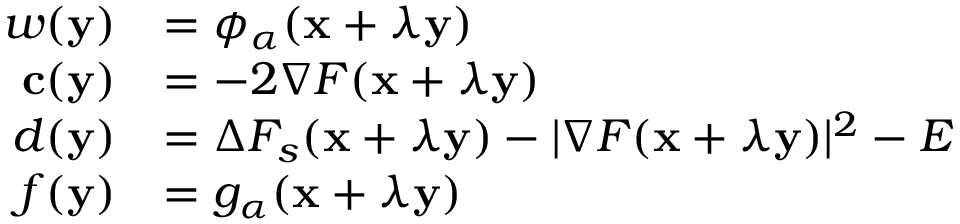
\begin{array} { r l } { w ( \mathbf { y } ) } & { = \phi _ { \boldsymbol { \alpha } } ( \mathbf { x } + \lambda \mathbf { y } ) } \\ { \mathbf { c } ( \mathbf { y } ) } & { = - 2 \nabla F ( \mathbf { x } + \lambda \mathbf { y } ) } \\ { d ( \mathbf { y } ) } & { = \Delta F _ { s } ( \mathbf { x } + \lambda \mathbf { y } ) - | \nabla F ( \mathbf { x } + \lambda \mathbf { y } ) | ^ { 2 } - E } \\ { f ( \mathbf { y } ) } & { = g _ { \boldsymbol { \alpha } } ( \mathbf { x } + \lambda \mathbf { y } ) } \end{array}